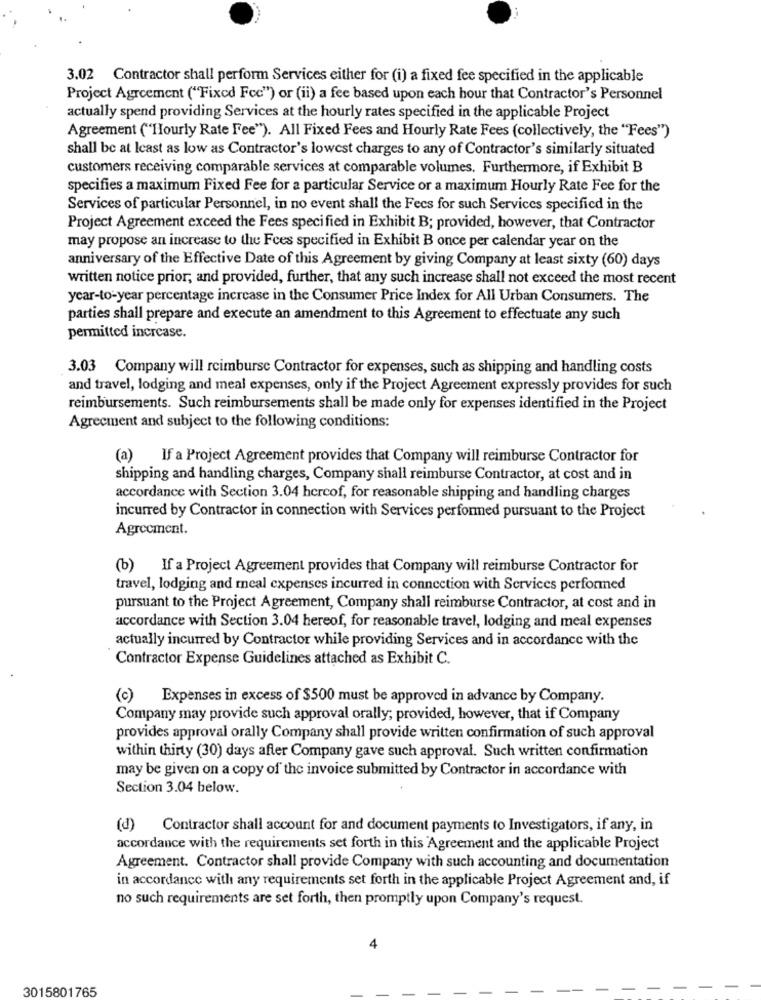
3.02 Contractor shall perform Services either for (i) a fixed fee specified in the applicable
Project Agreement ("Fixed Fee") or (ii) a fee based upon each hour that Contractor's Personnel
actually spend providing Services at the hourly rates specified in the applicable Project
Agreement ("Hourly Rate Fee"). All Fixed Fees and Hourly Rate Fees (collectively, the "Fees")
shall be at least as low as Contractor's lowest charges to any of Contractor's similarly situated
customers receiving comparable services at comparable volumes. Furthermore, if Exhibit B
specifies a maximum Fixed Fee for a particular Service or a maximum Hourly Rate Fee for the
Services of particular Personnel, in no event shall the Fees for such Services specified in the
Project Agreement exceed the Fees specified in Exhibit B; provided, however, that Contractor
may propose an increase to the Fces specified in Exhibit B once per calendar year on the
anniversary of the Effective Date of this Agreement by giving Company at least sixty (60) days
written notice prior, and provided, further, that any such increase shall not exceed the most recent
year-to-year percentage increase in the Consumer Price Index for All Urban Consumers. The
parties shall prepare and execute an amendment to this Agreement to effectuate any such
permitted increase.
3.03 Company will reimburse Contractor for expenses, such as shipping and handling costs
and travel, lodging and meal expenses, only if the Project Agreement expressly provides for such
reimbursements. Such reimbursements shall be made only for expenses identified in the Project
Agreement and subject to the following conditions:
(a) If a Project Agreement provides that Company will reimburse Contractor for
shipping and handling charges, Company shall reimburse Contractor, at cost and in
accordance with Section 3.04 hcrcof, for reasonable shipping and handling charges
incurred by Contractor in connection with Services performed pursuant to the Project
Agreement.
(b) If a Project Agreement provides that Company will reimburse Contractor for
travel, lodging and meal expenses incurred in connection with Services performed
pursuant to the Project Agreement, Company shall reimburse Contractor, at cost and in
accordance with Section 3.04 hereof, for reasonable travel, lodging and meal expenses
actually incurred by Contractor while providing Services and in accordance with the
Contractor Expense Guidelines attached as Exhibit C.
(c)
Expenses in excess of $500 must be approved in advance by Company.
Company may provide such approval orally; provided, however, that if Company
provides approval orally Company shall provide written confirmation of such approval
within thirty (30) days after Company gave such approval. Such written confirmation
may be given on a copy of the invoice submitted by Contractor in accordance with
Section 3.04 below.
(d) Contractor shall account for and document payments to Investigators, if any, in
accordance with the requirements set forth in this Agreement and the applicable Project
Agreement. Contractor shall provide Company with such accounting and documentation
in accordance with any requirements set forth in the applicable Project Agreement and, if
no such requirements are set forth, then promptly upon Company's request.
4
3015801765